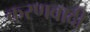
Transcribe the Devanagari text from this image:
करणवादी